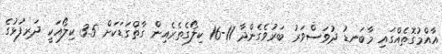
އާއްމުގޮތެއްގައި މާބަނޑު ދުވަސްވަރު ބަރުވެގެންދާ 11-16 ކިލޯގެތެރެއިން ގާތްގަޑަކަށް 3.5 ކިލޯއަކީ ދަރިފުޅުގެ